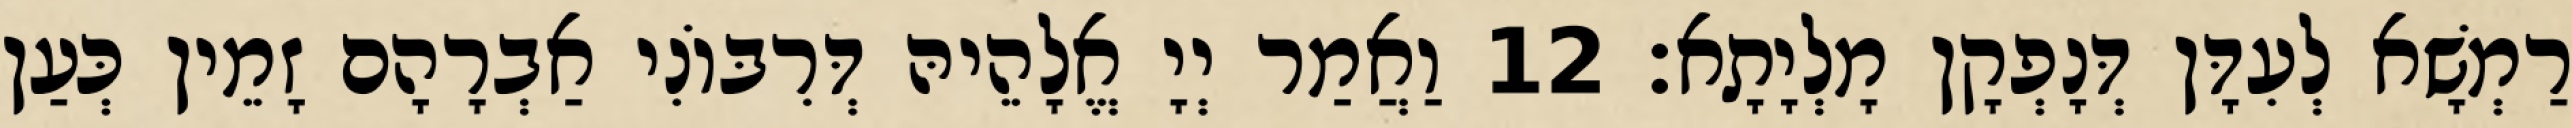
רַמְשָׁא לְעִדָּן דְּנָפְקָן מָלְיָתָא׃ 12 וַאֲמַר יְיָ אֱלָהֵיהּ דְּרִבּוֹנִי אַבְרָהָם זָמֵין כְּעַן